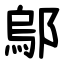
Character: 鄔